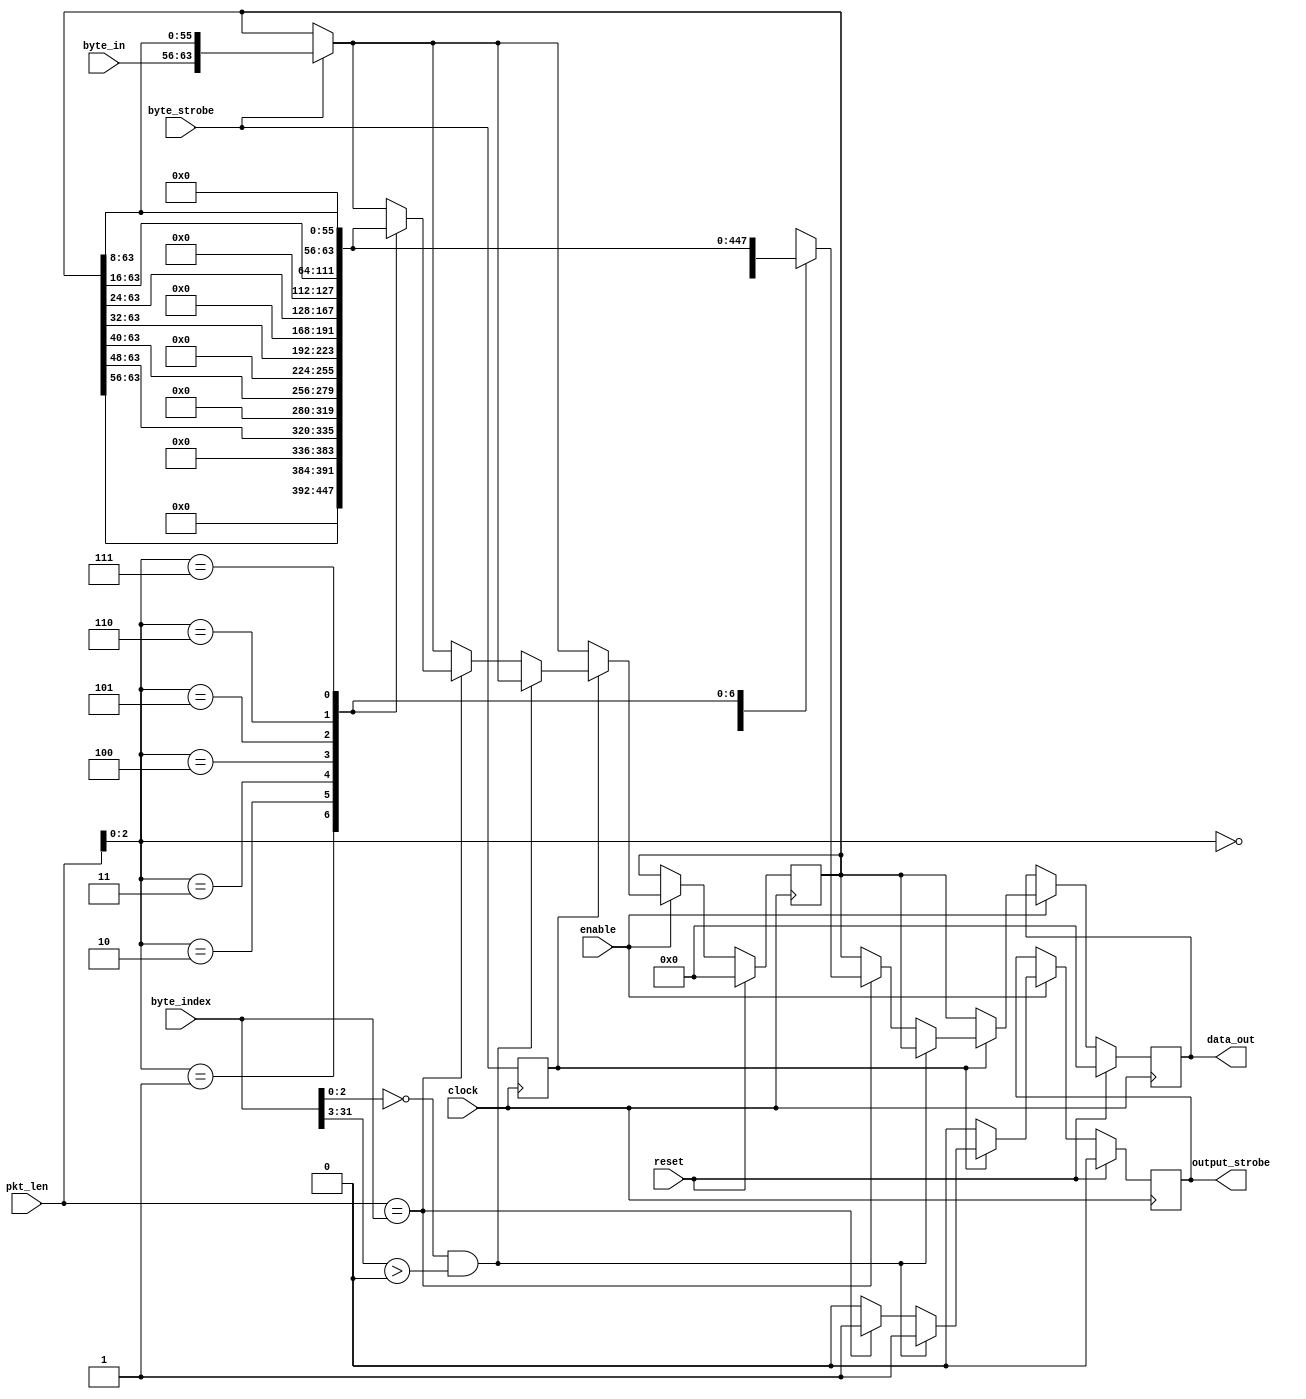
module intf_64bit (
    input clock,
    input reset,
    input enable,
    input wire [15:0] pkt_len,
    input wire [31:0] byte_index,
    input wire [7:0] byte_in,
    input wire byte_strobe,

    output reg [63:0] data_out,
    output reg output_strobe
);


    reg byte_strobe_delay ;
    reg [63:0] dout ; 
    always @ (posedge clock)
    begin
        byte_strobe_delay <= byte_strobe ;
        //data_out <= dout ;
    end
    
    always @ (posedge clock)
    begin
        if(reset) begin
            dout <= 64'h0 ;
            data_out <= 64'h0;
            output_strobe <= 1'b0 ;
        end  
        else if(enable) begin
            output_strobe <= 1'b0 ;
            data_out <= dout ;
            if(byte_strobe) begin
                dout <= {byte_in, dout[63:8]} ;
            end
            if(byte_strobe_delay) begin
                if(byte_index[2:0] == 3'b0 && byte_index[31:3] > 0 )
                    output_strobe <= 1'b1 ;
                else if (pkt_len == byte_index) begin
                    output_strobe <= 1'b1 ;
                    case (pkt_len[2:0])
                        3'b000: data_out <= dout;
                        3'b001: begin data_out <= {56'b0,dout[63:56]}; dout <= {56'b0,dout[63:56]}; end
                        3'b010: begin data_out <= {48'b0,dout[63:48]}; dout <= {48'b0,dout[63:48]}; end
                        3'b011: begin data_out <= {40'b0,dout[63:40]}; dout <= {40'b0,dout[63:40]}; end
                        3'b100: begin data_out <= {32'b0,dout[63:32]}; dout <= {32'b0,dout[63:32]}; end
                        3'b101: begin data_out <= {24'b0,dout[63:24]}; dout <= {24'b0,dout[63:24]}; end
                        3'b110: begin data_out <= {16'b0,dout[63:16]}; dout <= {16'b0,dout[63:16]}; end
                        3'b111: begin data_out <= {8'b0,dout[63:8]};   dout <= {8'b0,dout[63:8]};   end  
                        default: data_out <= dout;
                    
                    endcase
                
                end
                  
            end
        
        end
    
    end

endmodule